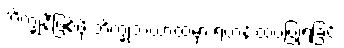
ဘိက္ခုနီဖြစ်ဖို့ ဘိက္ခုသံဃာထံမှာ ရဟန်းထပ်ပြုရခြင်း